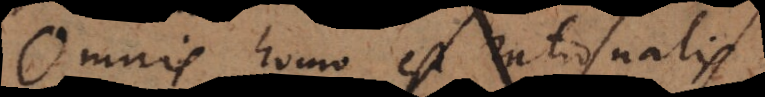
Omnis homo est rationalis.